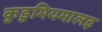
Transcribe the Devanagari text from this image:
कुडुमियमालइ